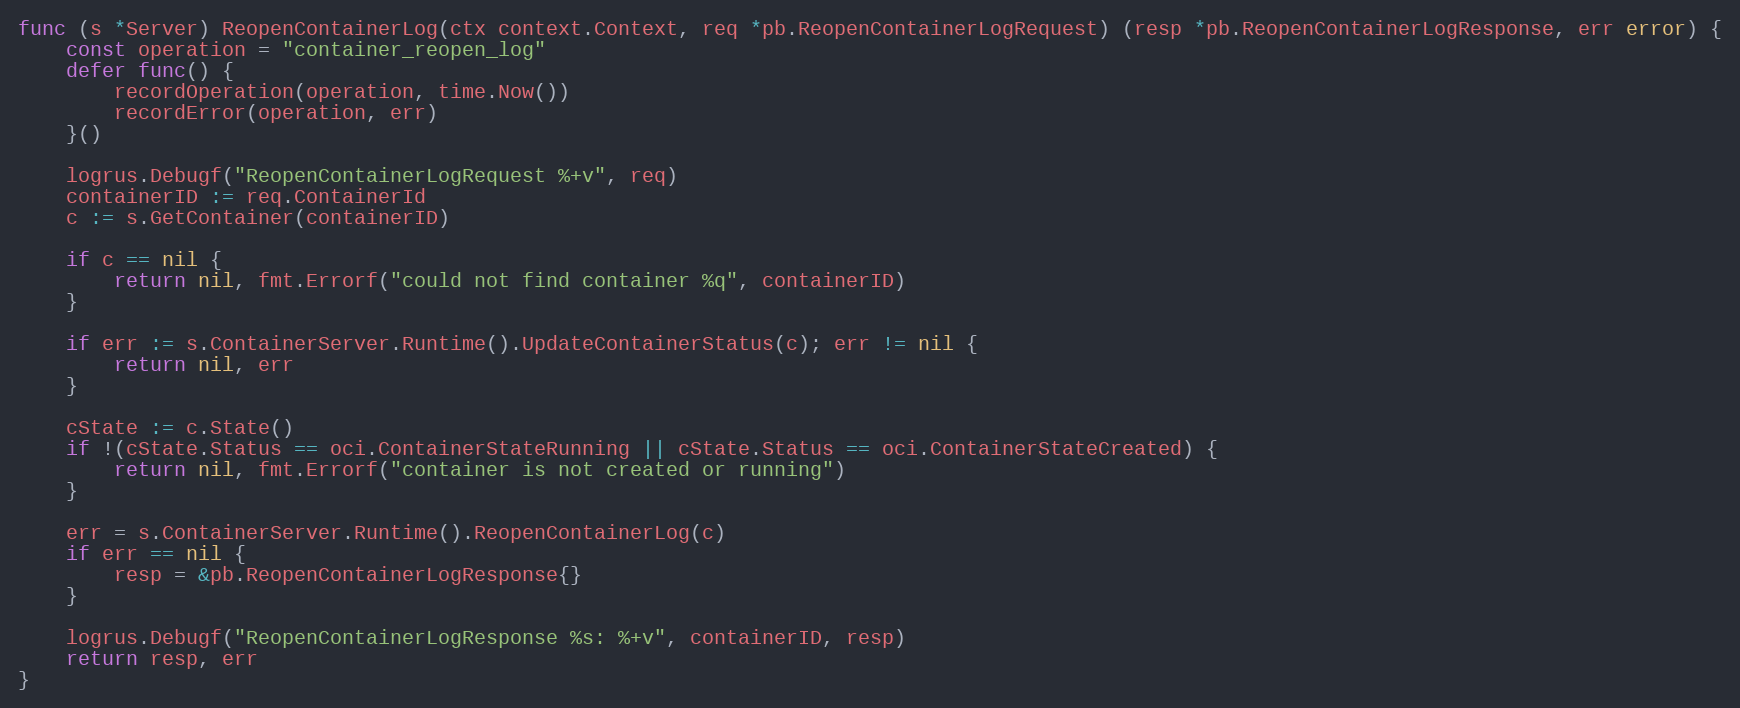
Language: Go
func (s *Server) ReopenContainerLog(ctx context.Context, req *pb.ReopenContainerLogRequest) (resp *pb.ReopenContainerLogResponse, err error) {
	const operation = "container_reopen_log"
	defer func() {
		recordOperation(operation, time.Now())
		recordError(operation, err)
	}()

	logrus.Debugf("ReopenContainerLogRequest %+v", req)
	containerID := req.ContainerId
	c := s.GetContainer(containerID)

	if c == nil {
		return nil, fmt.Errorf("could not find container %q", containerID)
	}

	if err := s.ContainerServer.Runtime().UpdateContainerStatus(c); err != nil {
		return nil, err
	}

	cState := c.State()
	if !(cState.Status == oci.ContainerStateRunning || cState.Status == oci.ContainerStateCreated) {
		return nil, fmt.Errorf("container is not created or running")
	}

	err = s.ContainerServer.Runtime().ReopenContainerLog(c)
	if err == nil {
		resp = &pb.ReopenContainerLogResponse{}
	}

	logrus.Debugf("ReopenContainerLogResponse %s: %+v", containerID, resp)
	return resp, err
}